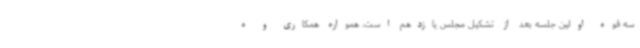
سه قوه اولین جلسه بعد از تشکیل مجلس یازدهم است. همواره همکاری و ه